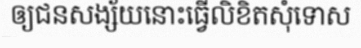
ឲ្យជនសង្ស័យនោះធ្វើលិខិតសុំទោស